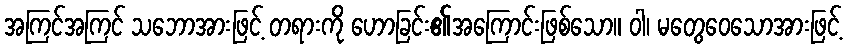
အကြင်အကြင် သဘောအားဖြင့် တရားကို ဟောခြင်း၏အကြောင်းဖြစ်သော။ ဝါ၊ မတွေဝေသောအားဖြင့်